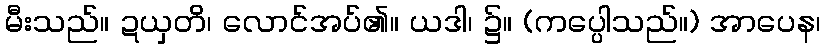
မီးသည်။ ဍယှတိ၊ လောင်အပ်၏။ ယဒါ၊ ၌။ (ကပ္ပေါသည်။) အာပေန၊